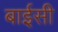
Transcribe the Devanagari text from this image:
बाईसी